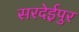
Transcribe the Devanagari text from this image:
सरदेईपुर